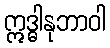
ဣဒ္ဓါနုဘာဝါ